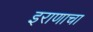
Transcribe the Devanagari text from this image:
इराणाचा